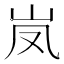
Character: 𮱦